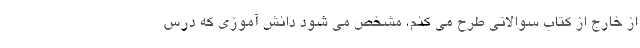
از خارج از کتاب سوالاتی طرح می کنم، مشخص می شود دانش آموزی که درس